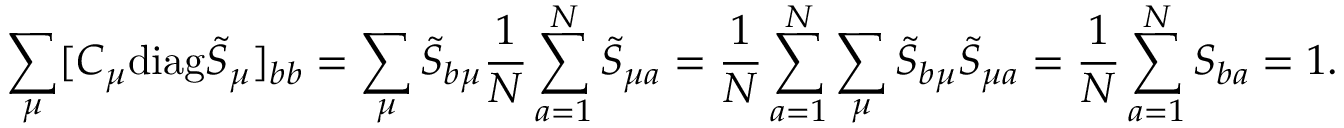
\sum _ { \mu } [ C _ { \mu } \mathrm { d i a g } \tilde { S } _ { \mu } ] _ { b b } = \sum _ { \mu } \tilde { S } _ { b \mu } \frac { 1 } { N } \sum _ { a = 1 } ^ { N } \tilde { S } _ { \mu a } = \frac { 1 } { N } \sum _ { a = 1 } ^ { N } \sum _ { \mu } \tilde { S } _ { b \mu } \tilde { S } _ { \mu a } = \frac { 1 } { N } \sum _ { a = 1 } ^ { N } S _ { b a } = 1 .